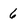
Character: 6